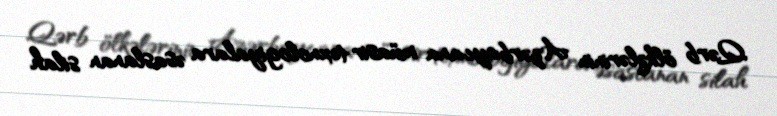
Qərb ölkələrinin Azərbaycana müasir texnologiyalara əsaslanan silah